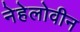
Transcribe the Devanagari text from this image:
नेहेलोवीन